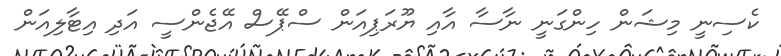
ކެސިނީ މިޝަން ހިންގަނީ ނާސާ އާއި ޔޫރަޕިއަން ސްޕޭސް އޭޖެންސީ އަދި އިޓާލިއަން